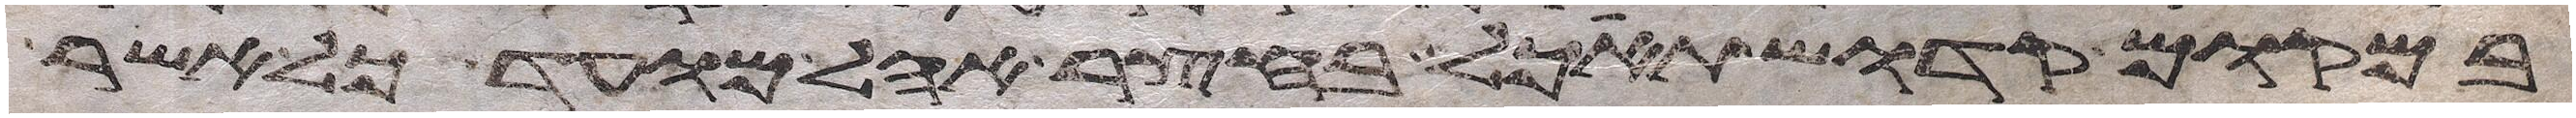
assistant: במקום קדוש תאכל בחצר אהל מועד כל אשר